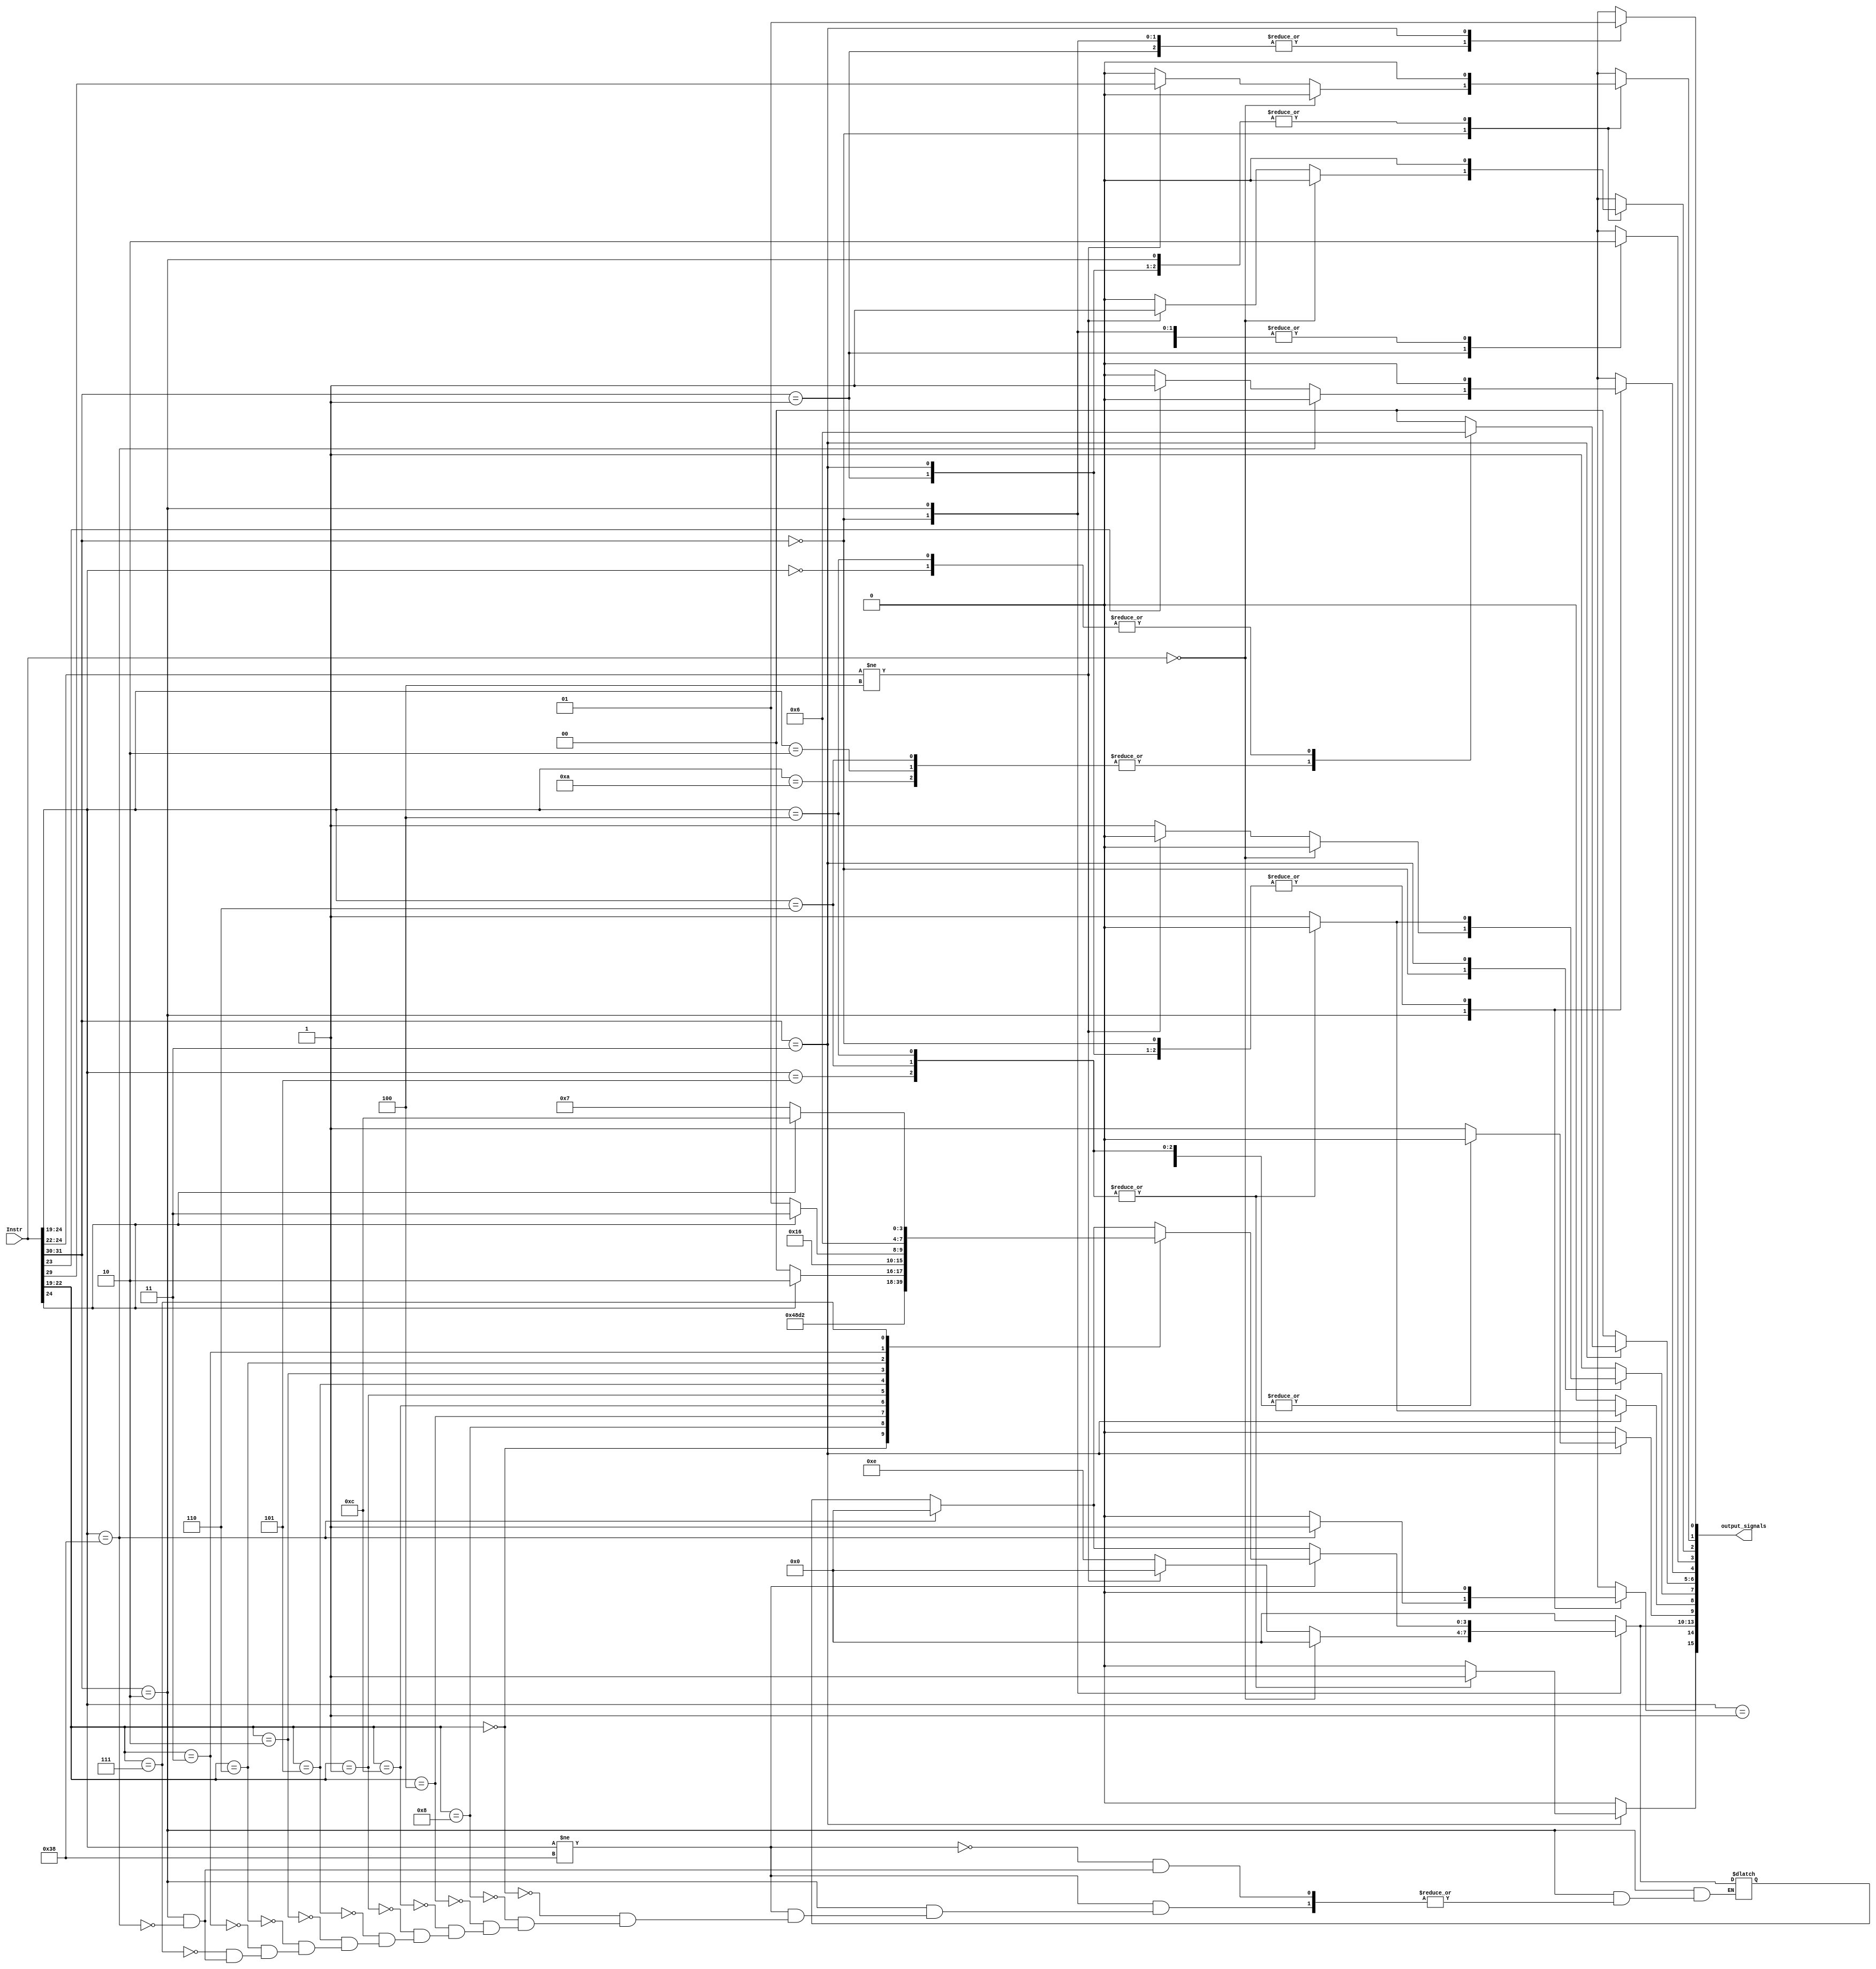
module ControlUnit(output_signals, Instr);
    input [31:0] Instr;
    output reg [15:0] output_signals;
    
    reg ID_jmpl_instr, ID_Read_Write, ID_SE_dm, ID_load_instr, ID_RF_enable, ID_modifyCC, ID_Call_instr, ID_B_instr, ID_29_a, ID_DataMem_enable;
    reg [1:0] ID_size_dm;
    reg [3:0] ID_ALU_op3; //should be 4bits for our ALU

    wire [1:0] op = Instr[31:30];
    wire [3:0] op3_last_4bits = Instr[22:19];

    always @(*) 
        begin

            case (op)
            2'b01:
            begin
                //op = CALL
                ID_jmpl_instr = 0;
                ID_Read_Write = 1'b0; //eliminate dont care //leer //no modificar registros
                ID_ALU_op3 = 4'b0000;
                ID_SE_dm = 1'b0;
                ID_load_instr = 0;
                ID_RF_enable = 1; //Write in R15 PC
                ID_size_dm = 2'b00;
                ID_modifyCC = 0;
                ID_Call_instr = 1;
                ID_B_instr = 0;
                ID_29_a = 1'b0;
                ID_DataMem_enable = 0;
            end
    
            2'b00:
            begin
                if (Instr == 32'b00000000000000000000000000000000) begin //check nop
                    ID_jmpl_instr = 0;
                    ID_Read_Write = 0;
                    ID_ALU_op3 = 0000;
                    ID_SE_dm = 0;
                    ID_load_instr = 0;
                    ID_RF_enable = 0;
                    ID_size_dm = 00;
                    ID_modifyCC = 0;
                    ID_Call_instr = 0;
                    ID_B_instr = 0;
                    ID_29_a = 0;
                    ID_DataMem_enable = 0;
                end else if(Instr[24:22] != 3'b100) begin //op = Branch
                    ID_jmpl_instr = 0;
                    ID_Read_Write = 0;
                    ID_ALU_op3 = 0000;
                    ID_SE_dm = 0;
                    ID_load_instr = 0;
                    ID_RF_enable = 0;
                    ID_size_dm = 00;
                    ID_modifyCC = 0;
                    ID_Call_instr = 0;
                    ID_B_instr = 1;
                    ID_29_a = Instr[29];
                    ID_DataMem_enable = 0;
                end else begin //SETHI
                    ID_jmpl_instr = 0;
                    ID_Read_Write = 0;
                    ID_ALU_op3 = 4'b1110; // B
                    ID_SE_dm = 0;
                    ID_load_instr = 0;
                    ID_RF_enable = 1;
                    ID_size_dm = 00;
                    ID_modifyCC = 0;
                    ID_Call_instr = 0;
                    ID_B_instr = 0;
                    ID_29_a = 0;
                    ID_DataMem_enable = 0;
                end
            end

            2'b10:
            begin
                //op = Arithmetic or Jmpl
                //bit 23 = 1 modifyCC = 1 else modifyCC = 0

                if(Instr[24:19] == 6'b111000) begin //JMPL
                    ID_jmpl_instr = 1;
                    ID_modifyCC = 0;
                    ID_ALU_op3 = 4'b0;
                end else if (Instr[23] == 1) begin //can modify CC
                    ID_modifyCC = 1;
                    ID_jmpl_instr = 0;
                end else begin
                    ID_modifyCC = 0;
                    ID_jmpl_instr = 0;
                end
                
                if (Instr[24:19] != 6'b111000)
                begin
                    case (op3_last_4bits)
                        4'd0: ID_ALU_op3 = 4'd0; // Add

                        4'd8: ID_ALU_op3 = 4'd1; // Add + carry

                        4'd4: ID_ALU_op3 = 4'd2; // Sub

                        4'd12: ID_ALU_op3 = 4'd3; //Sub - Carry

                        4'd1: ID_ALU_op3 = 4'd4; // And

                        4'd5: ID_ALU_op3 = (Instr[24] == 1)? 4'd10 : 4'd8; // Logical Shift Left : AndNot

                        4'd2: ID_ALU_op3 = 4'd5; // Or

                        4'd6: ID_ALU_op3 = (Instr[24] == 1)? 4'd11 : 4'd9; // Logical Shift Right : OrNot

                        4'd3: ID_ALU_op3 = 4'd6; // XOR

                        4'd7: ID_ALU_op3 = (Instr[24] == 1)? 4'd12 : 4'd7; // Arithmetic Shift Right : XORNot

                        // 4'd6: ID_ALU_op3 = 4'd13; // A

                        // 4'd7: ID_ALU_op3 = 4'd15; // not B
                    endcase
                end

                ID_Read_Write = 1'b0;
                ID_SE_dm = 1'b0;
                ID_load_instr = 0;
                ID_RF_enable = 1;
                ID_size_dm = 2'b00;
                ID_Call_instr = 0;
                ID_B_instr = 0;
                ID_29_a = 1'b0;
                ID_DataMem_enable = 0;
                //ID_ALU_op3 = Instr[24:19]; //change to 4bits
                //identify op3(6bits) and decodify op3(4bits) for our ALU
            end

            2'b11:
            begin
                //op = Load/Store
                case (Instr[24:19])
                6'b001001: //load sign byte
                begin
                    ID_Read_Write = 0; //Load = 0
                    ID_SE_dm = 1; //Signed Extension
                    ID_load_instr = 1; //Enable
                    ID_RF_enable = 1; //Ubicar en Rd un valor de memoria 
                    ID_size_dm = 00; //byte
                end
                6'b001010: //load sign halfword
                begin
                    ID_Read_Write = 0; //Load = 0
                    ID_SE_dm = 1; //Signed Extension
                    ID_load_instr = 1; //Enable
                    ID_RF_enable = 1; //Ubicar en Rd un valor de memoria 
                    ID_size_dm = 01; //halfword
                end
                6'b000000: //load word
                begin
                    ID_Read_Write = 0; //Load = 0
                    ID_SE_dm = 1'b0; //Signed Extension
                    ID_load_instr = 1; //Enable
                    ID_RF_enable = 1; //Ubicar en Rd un valor de memoria 
                    ID_size_dm = 10; //word
                end
                6'b000001: //load unsigned byte
                begin
                    ID_Read_Write = 0; //Load = 0
                    ID_SE_dm = 0; //Signed Extension
                    ID_load_instr = 1; //Enable
                    ID_RF_enable = 1; //Ubicar en Rd un valor de memoria 
                    ID_size_dm = 00; //byte
                end
                6'b000010: //load unsigned halfword
                begin
                    ID_Read_Write = 0; //Load = 0
                    ID_SE_dm = 0; //Signed Extension
                    ID_load_instr = 1; //Enable
                    ID_RF_enable = 1; //Ubicar en Rd un valor de memoria 
                    ID_size_dm = 01; //halfword
                end
                6'b000101: //store byte
                begin
                    ID_Read_Write = 1; //Store = 1
                    ID_SE_dm = 1'b0; //Signed Extension
                    ID_load_instr = 0; //Enable
                    ID_RF_enable = 0; //Ubicar en Memoria solamente 
                    ID_size_dm = 00; //byte
                end
                6'b000110: //store halfword
                begin
                    ID_Read_Write = 1; //Store = 1
                    ID_SE_dm = 1'b0; //Signed Extension
                    ID_load_instr = 0; //Enable
                    ID_RF_enable = 0; //Ubicar en Memoria solamente 
                    ID_size_dm = 01; //halfword
                end
                6'b000100: //store word
                begin
                    ID_Read_Write = 1; //Store = 1
                    ID_SE_dm = 1'b0; //Signed Extension
                    ID_load_instr = 0; //Enable
                    ID_RF_enable = 0; //Ubicar en Memoria solamente 
                    ID_size_dm = 10; //Word
                end
                endcase
                ID_jmpl_instr = 0;
                ID_ALU_op3 = 0000;
                ID_modifyCC = 0;
                ID_Call_instr = 0;
                ID_B_instr = 0;
                ID_29_a = 1'b0;
                ID_DataMem_enable = 1;
            end

            endcase
        
            output_signals = {ID_jmpl_instr, ID_Read_Write, ID_ALU_op3, ID_SE_dm, ID_load_instr, ID_RF_enable, ID_size_dm, ID_modifyCC, ID_Call_instr, ID_B_instr, ID_29_a, ID_DataMem_enable};
        end

endmodule

module MuxControlSignal(ControlSignals_Out, S, ControlSignals_In);
    input S;
    input [15:0] ControlSignals_In;
    output reg [15:0] ControlSignals_Out;

    always @(*) 
        begin
        case (S)
            1'b0: // Buffer
            begin
                ControlSignals_Out = ControlSignals_In;
            end
                
            1'b1: //No Operation
            begin
                ControlSignals_Out = 16'b0;
            end
                
        endcase

        end

endmodule

module Sumador4(nPC, PC); 
    input [31:0] PC;
    output reg [31:0] nPC;
    always @(PC) 
        begin
            nPC = PC + 4; //nPC = nPC +4
        end
    
endmodule

module nPC (Q, Clk, D, LE, R);
    input [31:0] D;
    input LE;
    input Clk;
    input R;
    output reg[31:0] Q;

    always @(posedge Clk) //0 --> 1 en Clk: entra al if
        if (R) Q <= 32'b00000000000000000000000000000100; //En el caso de nPC un reset produce un nmero binario correspondiente a un 4.
        else if (LE) Q <= D; // LE = 1  D --> Q

endmodule

module PC (Q, Clk, D, LE, R);
    input [31:0] D;
    input LE;
    input Clk;
    input R;
    output reg[31:0] Q;

    always @(posedge Clk) //0 --> 1 en Clk: entra al if
        if (R) Q <= 32'b00000000000000000000000000000000; //un reset tienen el efecto de hacer cero todos los bits de salida del registro. 
        else if (LE) Q <= D; // LE = 1  D --> Q
    
endmodule

module InstructionMemory (output reg [31:0] DataOut, input [31:0] Address);

    reg [7:0] Mem [0:511];
    always @(Address) begin
    // Reading the Data
        DataOut = {Mem[Address], Mem[Address+1], Mem[Address+2], Mem[Address+3]};
    
    end

endmodule

module PipelineRegister_IF_ID(Q, Clk, D, LE, R); //eliminar LE 
    input [31:0] D;
    input LE;
    input Clk;
    input R;
    output reg [31:0] Q;

    always @(posedge Clk) //0 --> 1 en Clk: entra al if
    begin
        if (R) Q <= 32'b00000000000000000000000000000000; //un reset tienen el efecto de hacer cero todos los bits de salida del registro. 
        else if (LE) Q <= D; // LE = 1  D --> Q //else
    end
    
endmodule

module PipelineRegister_ID_EX(Q, Clk, D, R);
    //jpmpl(1) + read_write(1) + ALU_op3(4) + SE(1) + load_instr(1) + RF_enable(1) + size_dm(2) + modifyCC(1) + call(1) + DataMem_enable(1) = 14 bits
    input [13:0] D;
    input Clk;
    input R;
    output reg [13:0] Q;

    always @(posedge Clk) begin
        if (R) Q <= 14'b00000000000000;
        else Q <= D;
    end
endmodule

module PipelineRegister_EX_MEM(Q, Clk, D, R);
    //jpmpl(1) + read_write(1) + SE(1) + load_instr(1) + RF_enable(1) + size_dm(2) + call(1) + DataMem_enable(1) = 9 bits
    input [8:0] D;
    input Clk;
    input R;
    output reg [8:0] Q;

    always @(posedge Clk) begin
        if (R) Q <= 9'b000000000;
        else Q <= D;
    end
endmodule

module PipelineRegister_MEM_WB(Q, Clk, D, R);
    //RF_enable(1) =  1 bit
    input D;
    input Clk;
    input R;
    output reg Q;

    always @(posedge Clk) begin
        if (R) Q <= 0;
        else Q <= D;
    end
endmodule